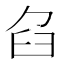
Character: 臽